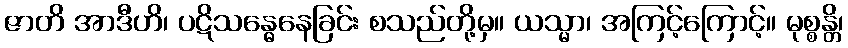
ဇာတိ အာဒီဟိ၊ ပဋိသန္ဓေနေခြင်း စသည်တို့မှ။ ယသ္မာ၊ အကြင့်ကြောင့်။ မုစ္စန္တိ၊